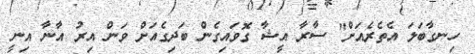
ހިނގާބަލަ އެތެރެއަށް" ސާރާ އީޝާ ގޮވައިގެން ބަދިގެއަށް ވަން އިރު އާނާ އިނީ